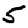
Digit: 5